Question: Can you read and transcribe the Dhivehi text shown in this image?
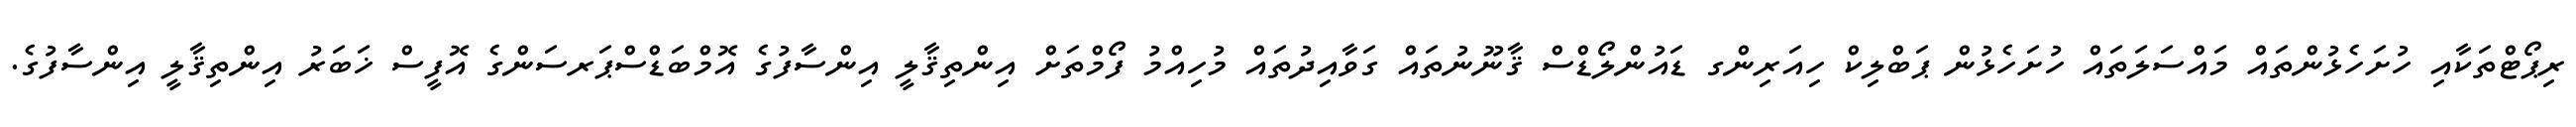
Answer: ރިޕޯޓްތަކާއި ހުށަހެޅުންތައް މައްސަލަތައް ހުށަހެޅުން ޕަބްލިކް ހިއަރިންގ ޑައުންލޯޑްސް ޤާނޫނުތައް ގަވާއިދުތައް މުހިއްމު ފޯމްތަށް އިންތިޤާލީ އިންސާފުގެ އޮމްބަޑްސްޕަރސަންގެ އޮފީސް ޚަބަރު އިންތިޤާލީ އިންސާފުގެ.